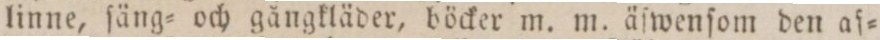
linne, ſäng= och gångkläder, böcker m. m. äſwenſom den af=